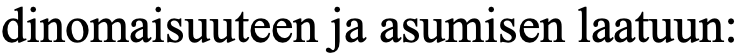
dinomaisuuteen ja asumisen laatuun: